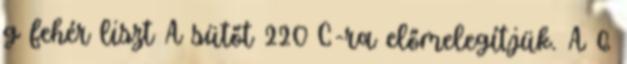
g fehér liszt A sütőt 220°C-ra előmelegítjük. A 6